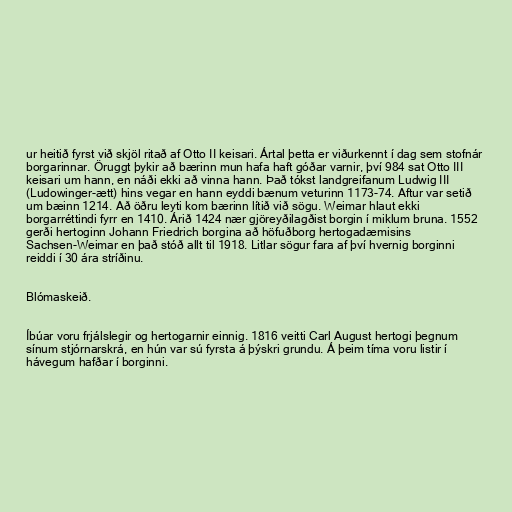
ur heitið fyrst við skjöl ritað af Otto II keisari. Ártal þetta er viðurkennt í dag sem stofnár
borgarinnar. Öruggt þykir að bærinn mun hafa haft góðar varnir, því 984 sat Otto III
keisari um hann, en náði ekki að vinna hann. Það tókst landgreifanum Ludwig III
(Ludowinger-ætt) hins vegar en hann eyddi bænum veturinn 1173-74. Aftur var setið
um bæinn 1214. Að öðru leyti kom bærinn lítið við sögu. Weimar hlaut ekki
borgarréttindi fyrr en 1410. Árið 1424 nær gjöreyðilagðist borgin í miklum bruna. 1552
gerði hertoginn Johann Friedrich borgina að höfuðborg hertogadæmisins
Sachsen-Weimar en það stóð allt til 1918. Litlar sögur fara af því hvernig borginni
reiddi í 30 ára stríðinu.

Blómaskeið.

Íbúar voru frjálslegir og hertogarnir einnig. 1816 veitti Carl August hertogi þegnum
sínum stjórnarskrá, en hún var sú fyrsta á þýskri grundu. Á þeim tíma voru listir í
hávegum hafðar í borginni.